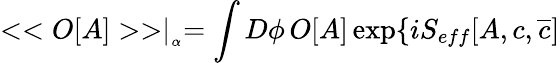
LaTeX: <<O[A]>>\mid_{_{\alpha}}=\int D\phi\, O[A]\exp\{ iS_{eff}[A,c,\overline{{{c}}}]